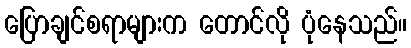
ပြောချင်စရာများက တောင်လို ပုံနေသည်။